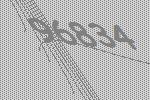
96834